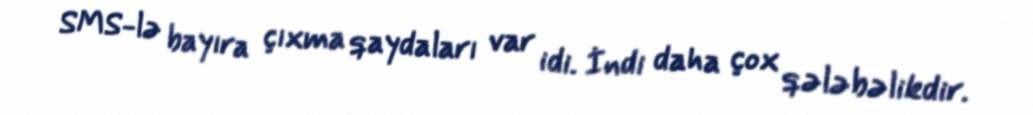
SMS-lə bayıra çıxma qaydaları var idi. İndi daha çox qələbəlikdir.